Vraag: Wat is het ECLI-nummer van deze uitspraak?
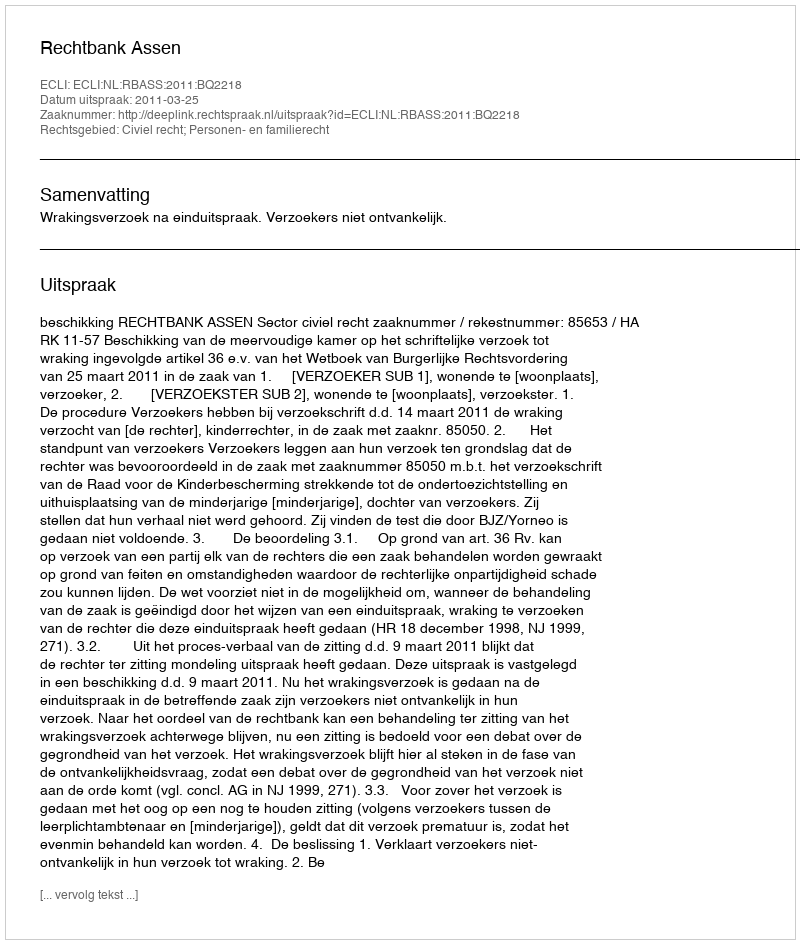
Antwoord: ECLI:NL:RBASS:2011:BQ2218